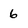
Character: 6